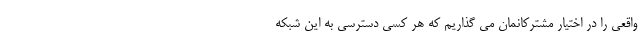
واقعی را در اختیار مشترکانمان می گذاریم که هر کسی دسترسی به این شبکه